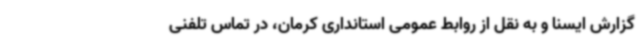
گزارش ایسنا و به نقل از روابط عمومی استانداری کرمان، در تماس تلفنی